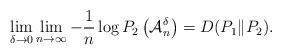
LaTeX: \begin{align*}\lim_{\delta\to0}\lim_{n\to\infty}-\frac{1}{n}\log P_2\left(\mathcal{A}_n^\delta\right)=D(P_1\|P_2).\end{align*}